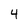
Character: 4